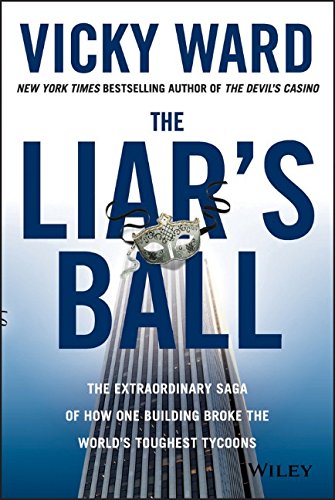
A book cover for The Liar's Ball: The Extraordinary Saga of How One Building Broke the World's Toughest Tycoons; Vicky Ward; Arts & Photography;